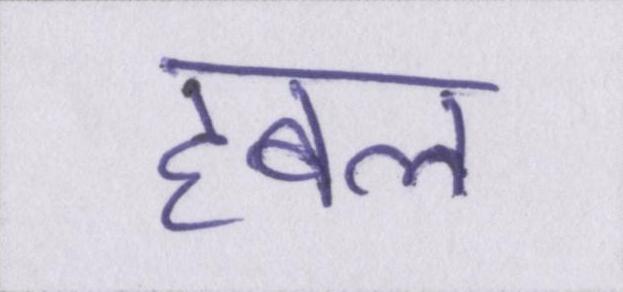
हबल